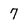
Character: 7